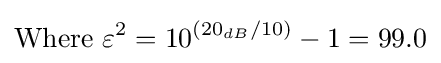
{\text{Where }}\varepsilon ^{2}=10^{(20_{dB}/10)}-1=99.0